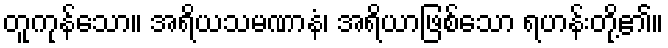
တူကုန်သော။ အရိယသမဏာနံ၊ အရိယာဖြစ်သော ရဟန်းတို့၏။